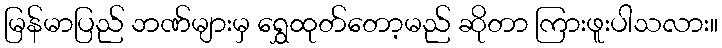
မြန်မာပြည် ဘဏ်များမှ ရွှေထုတ်တော့မည် ဆိုတာ ကြားဖူးပါသလား။